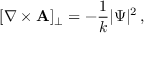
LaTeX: [ \nabla \times { \bf A } ] _ { \perp } = - { \frac { 1 } { k } } | \Psi | ^ { 2 } \, ,